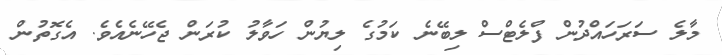
މާލެ ސަރަހައްދުން ފްލެޓްސް ލިބޭނެ ކަމުގެ ލިޔުން ހަވާލު ކުރަން ޖެހޭނެއެވެ. އެގޮތުން